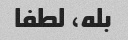
بله، لطفا